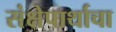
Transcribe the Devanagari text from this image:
संक्षेपार्थाचा